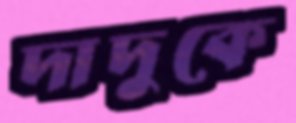
দাদুকে